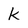
Character: k